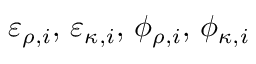
\varepsilon _ { \rho , i } , \, \varepsilon _ { \kappa , i } , \, \phi _ { \rho , i } , \, \phi _ { \kappa , i }